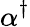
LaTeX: \alpha^{\dagger}